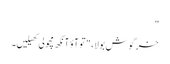
"
خرگوش بولا، "تو آؤ آنکھ مچولی کھیلیں۔